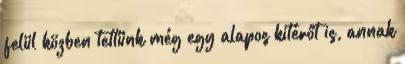
felül közben tettünk még egy alapos kitérőt is, annak